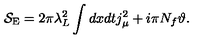
{ \cal S } _ { \mathrm { E } } = 2 \pi \lambda _ { L } ^ { 2 } \int d x d t j _ { \mu } ^ { 2 } + i \pi N _ { f } { \vartheta } .